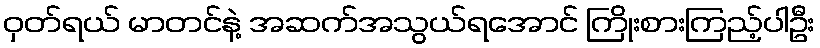
ဝှတ်ရယ် မာတင်နဲ့ အဆက်အသွယ်ရအောင် ကြိုးစားကြည့်ပါဦး